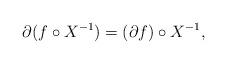
LaTeX: \begin{align*}\partial (f\circ X^{-1})=(\partial f) \circ X^{-1},\end{align*}